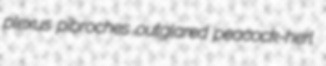
plexus pibroches outglared peacock-herl